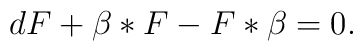
dF +\beta *F - F * \beta = 0.